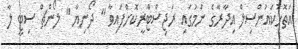
އަތޮޅުކައުންސިލް އިދާރާގެ ނަމުގައި ރަޖިސްޓްރީކޮށްފައިވާ " ދޯނިޔާ " ލޯންޗް ސިޓީ ލާ